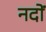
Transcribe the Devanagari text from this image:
नदों